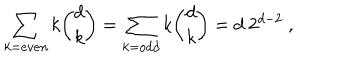
LaTeX: \sum _ { k = e v e n } k { \binom { d } { k } } = \sum _ { k = o d d } k { \binom { d } { k } } = d ~ 2 ^ { d - 2 } \ ,